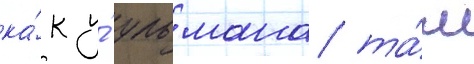
ка́к у́ ульмана та́м